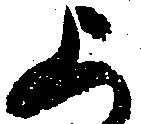
上